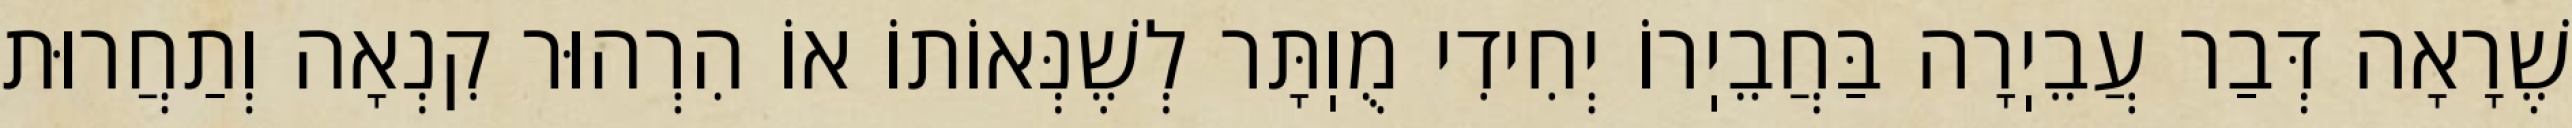
שֶׁרָאָה דְּבַר עֲבֵיֽרָה בַּחֲבֵיֽרוֹ יְחִידִי מֻוֽתָּר לְשֶׁנְּאוֹתוֹ אוֹ הִרְהוּר קִנְאָה וְתַחֲרוּת